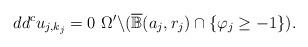
LaTeX: \begin{align*} dd^c u_{j, k_j} =0 \ \Omega' \backslash ( \overline{ \mathbb B} (a_j,r_j) \cap \{\varphi_j \geq -1\} ).\end{align*}